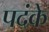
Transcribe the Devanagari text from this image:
पदंके